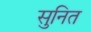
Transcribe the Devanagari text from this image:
सुनित